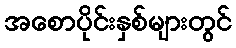
အစောပိုင်းနှစ်များတွင်